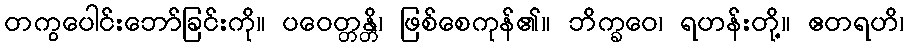
တကွပေါင်းဘော်ခြင်းကို။ ပဝေတ္တန္တိ၊ ဖြစ်စေကုန်၏။ ဘိက္ခဝေ၊ ရဟန်းတို့။ ဧတရဟိ၊